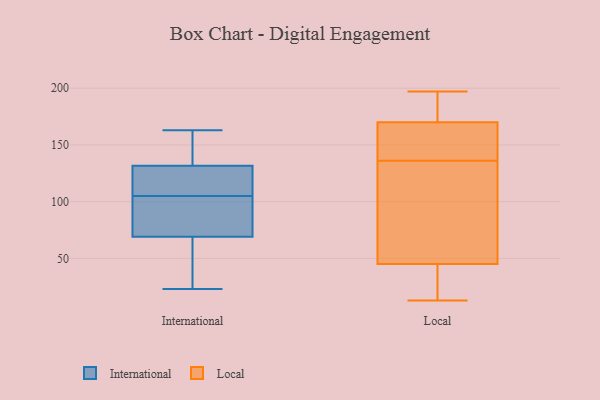
{"axis": {"x": "Conversion Rate (%)", "y": "Value"}, "legend": ["International", "Local"], "data": [{"x": "", "y": 122, "type": "International"}, {"x": "", "y": 163, "type": "International"}, {"x": "", "y": 163, "type": "International"}, {"x": "", "y": 105, "type": "International"}, {"x": "", "y": 108, "type": "International"}, {"x": "", "y": 48, "type": "International"}, {"x": "", "y": 143, "type": "International"}, {"x": "", "y": 23, "type": "International"}, {"x": "", "y": 75, "type": "International"}, {"x": "", "y": 72, "type": "International"}, {"x": "", "y": 60, "type": "International"}, {"x": "", "y": 98, "type": "International"}, {"x": "", "y": 128, "type": "International"}, {"x": "", "y": 45, "type": "Local"}, {"x": "", "y": 170, "type": "Local"}, {"x": "", "y": 140, "type": "Local"}, {"x": "", "y": 175, "type": "Local"}, {"x": "", "y": 197, "type": "Local"}, {"x": "", "y": 31, "type": "Local"}, {"x": "", "y": 132, "type": "Local"}, {"x": "", "y": 13, "type": "Local"}, {"x": "", "y": 112, "type": "Local"}, {"x": "", "y": 119, "type": "Local"}, {"x": "", "y": 196, "type": "Local"}, {"x": "", "y": 45, "type": "Local"}, {"x": "", "y": 143, "type": "Local"}, {"x": "", "y": 152, "type": "Local"}]}